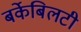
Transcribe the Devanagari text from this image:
बर्केबिलटी